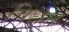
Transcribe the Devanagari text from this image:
विधृत